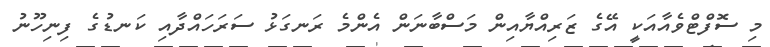
މި ސޮފްޓްވެއާއަކީ އޭގެ ޒަރިއްޔާއިން މަސްބާނަން އެންމެ ރަނގަޅު ސަރަހައްދާއި ކަނޑުގެ ފިނިހޫނު